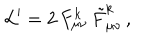
{ \cal L } ^ { \prime } = 2 \, F _ { \mu \nu } ^ { k } \, \tilde { F } _ { \mu \nu } ^ { k } \, ,